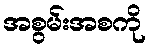
အစွမ်းအစကို